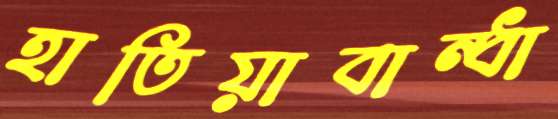
হাতিয়াবান্ধা